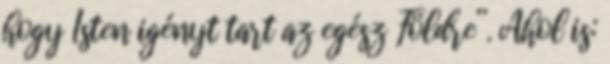
hogy Isten igényt tart az egész Földre”. Ahol is: